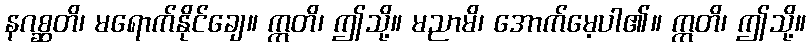
နဂစ္ဆတိ၊ မရောက်နိုင်ချေ။ ဣတိ၊ ဤသို့။ မညာမိ၊ အောက်မေ့ပါ၏။ ဣတိ၊ ဤသို့။